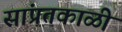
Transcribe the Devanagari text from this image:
सांप्रतकाळी